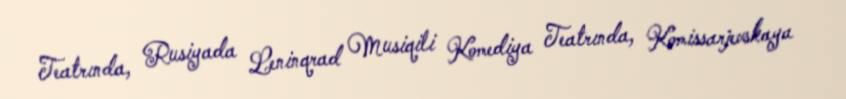
Teatrında, Rusiyada Leninqrad Musiqili Komediya Teatrında, Komissarjevskaya